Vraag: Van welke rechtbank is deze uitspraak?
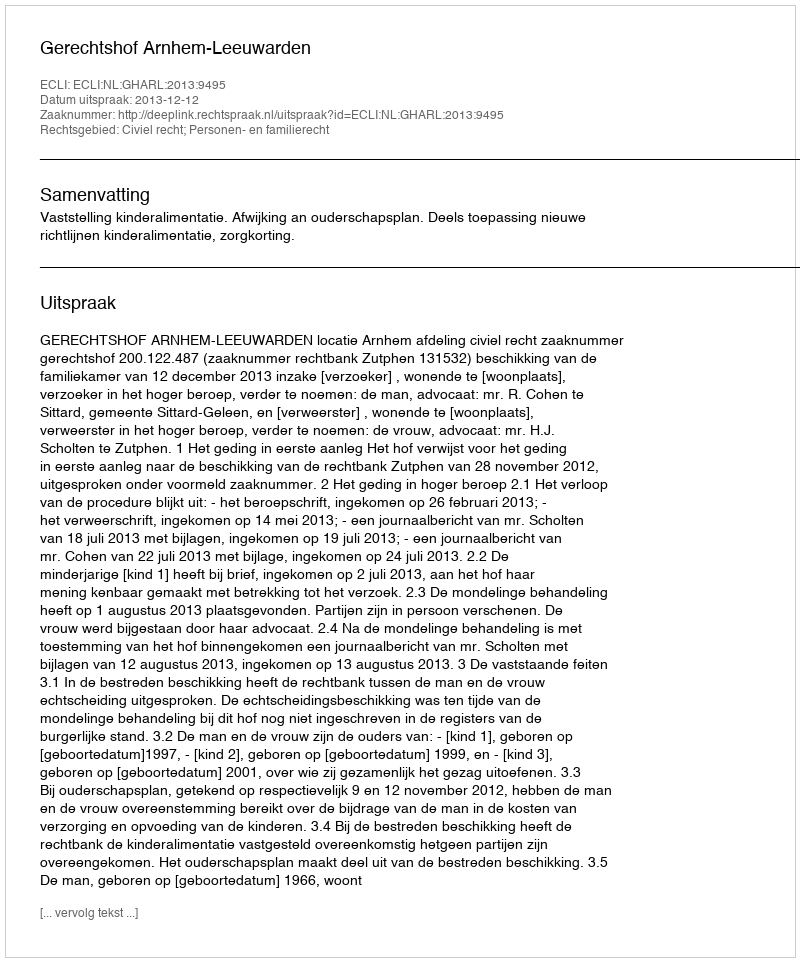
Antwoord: Gerechtshof Arnhem-Leeuwarden